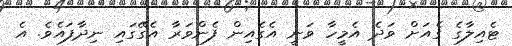
ޓެއިލާގެ ގެއަށް ވަދެ އެމީހާ ވަނީ އެގެއިން ފެންވަރާ އެގޭގައި ނިދާފައެވެ. އެ